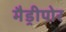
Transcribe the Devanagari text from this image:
मैड्रीपोर